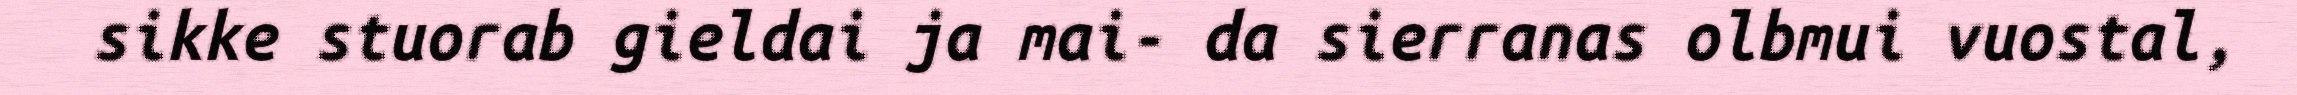
sikke stuorab gieldai ja mai- da sierranas olbmui vuostal,